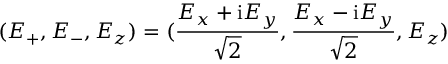
( E _ { + } , E _ { - } , E _ { z } ) = ( \frac { E _ { x } + \mathrm { i } E _ { y } } { \sqrt { 2 } } , \frac { E _ { x } - \mathrm { i } E _ { y } } { \sqrt { 2 } } , E _ { z } )